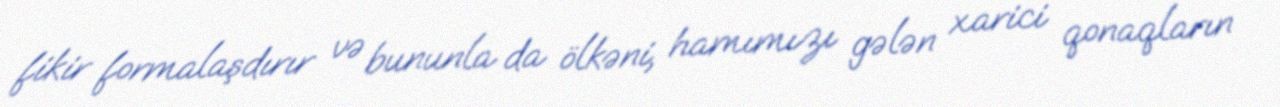
fikir formalaşdırır və bununla da ölkəni, hamımızı gələn xarici qonaqların